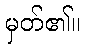
မှတ်၏။